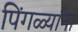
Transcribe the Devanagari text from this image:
पिंगळ्यांना